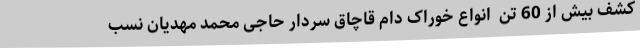
کشف بیش از 60 تن  انواع خوراک دام قاچاق سردار حاجی محمد مهدیان نسب